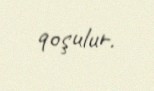
qoşulur.